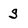
Character: s